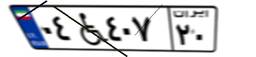
۰۴W۴۰۷۲۰